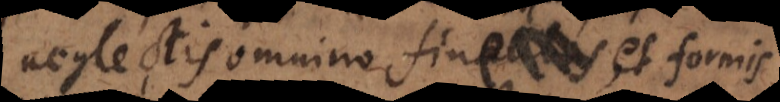
neglectis omnino finibus, et fine